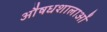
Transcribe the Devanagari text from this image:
औषधशालाओं